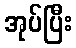
အုပ်ပြီး